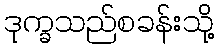
ဒုက္ခသည်စခန်းသို့